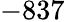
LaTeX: -837